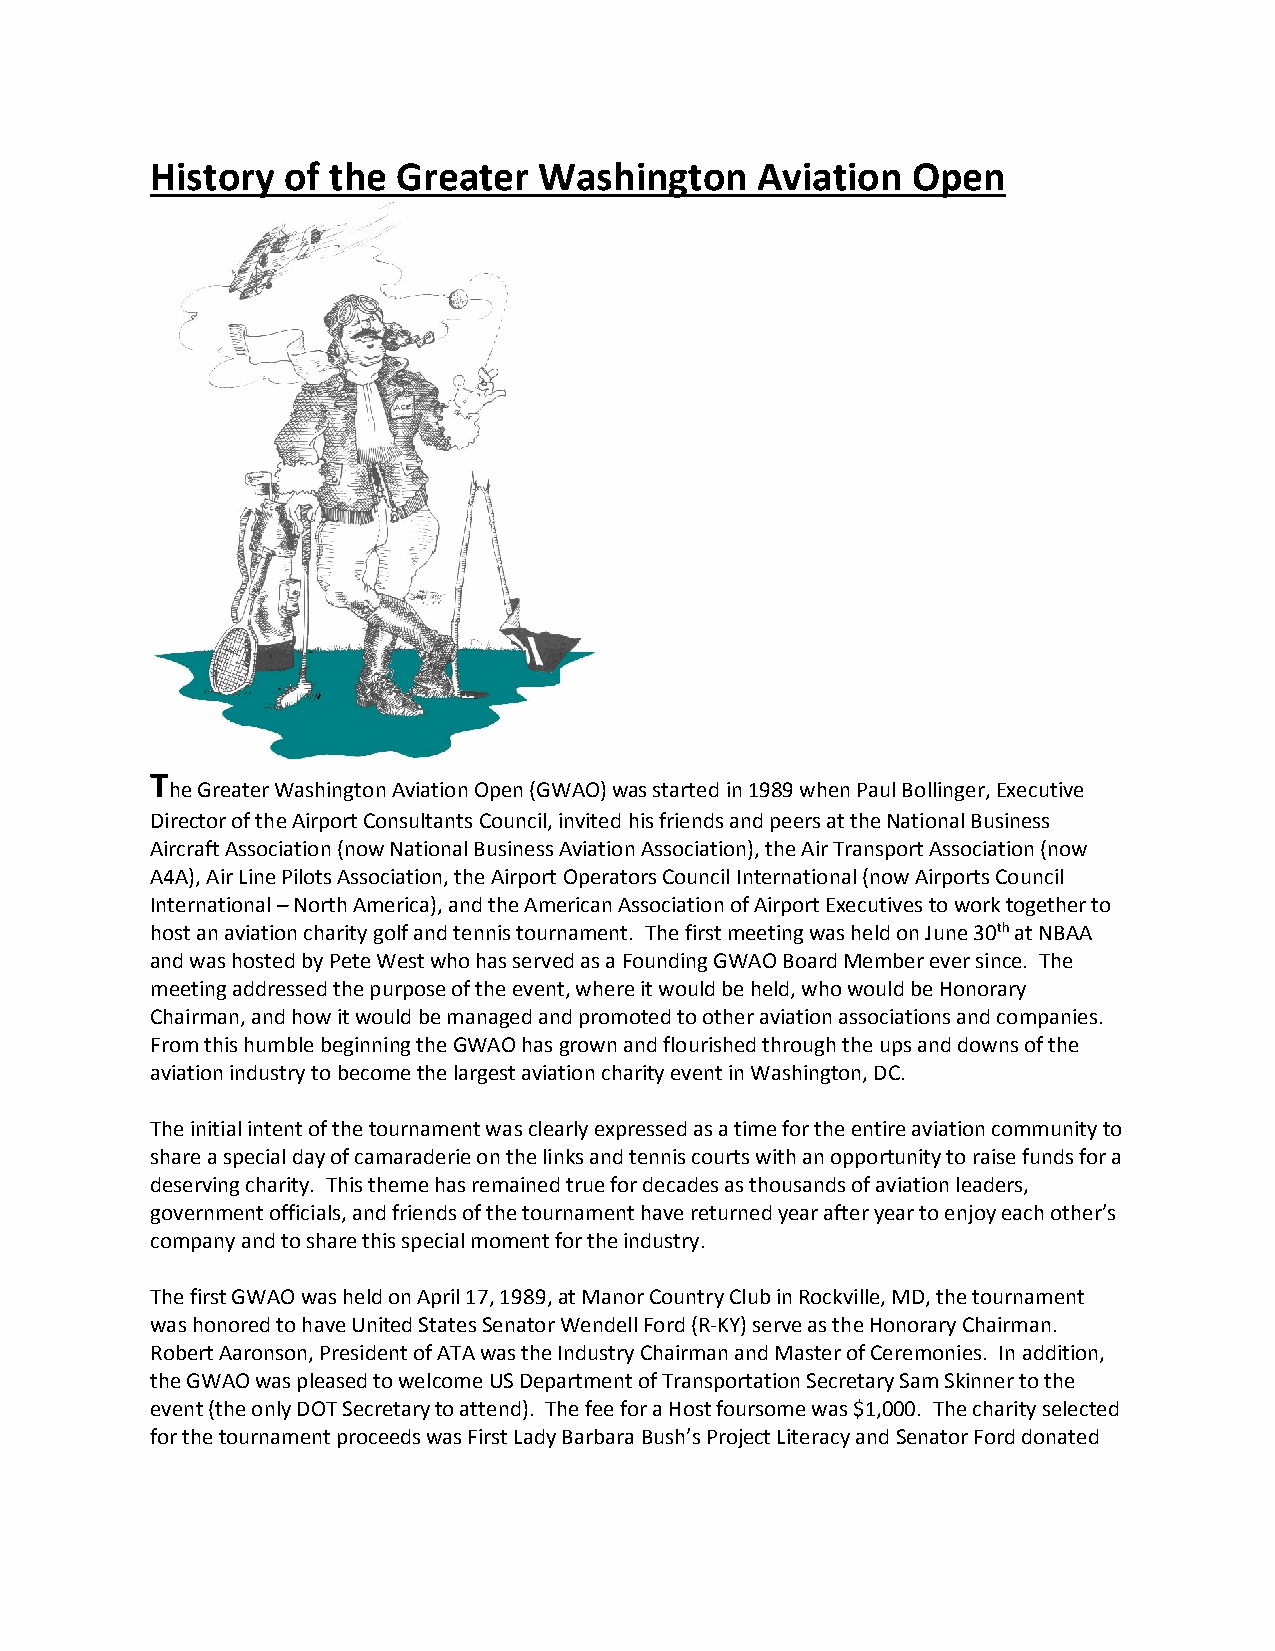
History  of the Greater   Washington    Aviation  Open
 T
 he Greater Washington Aviation Open (GWAO) was started in 1989 when Paul Bollinger, Executive
 Director of the Airport Consultants Council, invited his friends and peers at the National Business
 Aircraft Association (now National Business Aviation Association), the Air Transport Association (now
 A4A), Air Line Pilots Association, the Airport Operators Council International (now Airports Council
 International – North America), and the American Association of Airport Executives to work together to
 host an aviation charity golf and tennis tournament. The first meeting was held on June 30th at NBAA
 and was hosted by Pete West who has served as a Founding GWAO Board Member ever since. The
 meeting addressed the purpose of the event, where it would be held, who would be Honorary
 Chairman, and how it would be managed and promoted to other aviation associations and companies.
 From this humble beginning the GWAO has grown and flourished through the ups and downs of the
 aviation industry to become the largest aviation charity event in Washington, DC.
 The initial intent of the tournament was clearly expressed as a time for the entire aviation community to
 share a special day of camaraderie on the links and tennis courts with an opportunity to raise funds for a
 deserving charity. This theme has remained true for decades as thousands of aviation leaders,
 government officials, and friends of the tournament have returned year after year to enjoy each other’s
 company and to share this special moment for the industry.
 The first GWAO was held on April 17, 1989, at Manor Country Club in Rockville, MD, the tournament
 was honored to have United States Senator Wendell Ford (R-KY) serve as the Honorary Chairman.
 Robert Aaronson, President of ATA was the Industry Chairman and Master of Ceremonies. In addition,
 the GWAO was pleased to welcome US Department of Transportation Secretary Sam Skinner to the
 event (the only DOT Secretary to attend). The fee for a Host foursome was $1,000. The charity selected
 for the tournament proceeds was First Lady Barbara Bush’s Project Literacy and Senator Ford donated